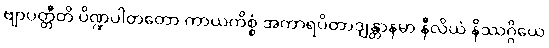
ဗျာပတ္တီတိ ပိဏ္ဍပါတတော ကာယကိစ္စံ အကာရပိတာဒျန္တာနမာ နီလိယံ နိဿဂ္ဂိယေ